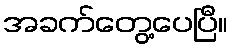
အခက်တွေ့ပေပြီ။